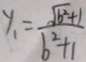
y _ { 1 } = \frac { \sqrt { b ^ { 2 } } + 1 } { b ^ { 2 } + 1 }